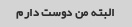
البته من دوست دارم